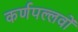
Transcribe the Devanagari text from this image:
कर्णपल्लवों